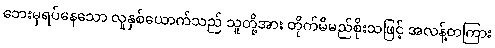
ဘေးမှရပ်နေသော လူနှစ်ယောက်သည် သူတို့အား တိုက်မိမည်စိုးသဖြင့် အလန့်တကြား